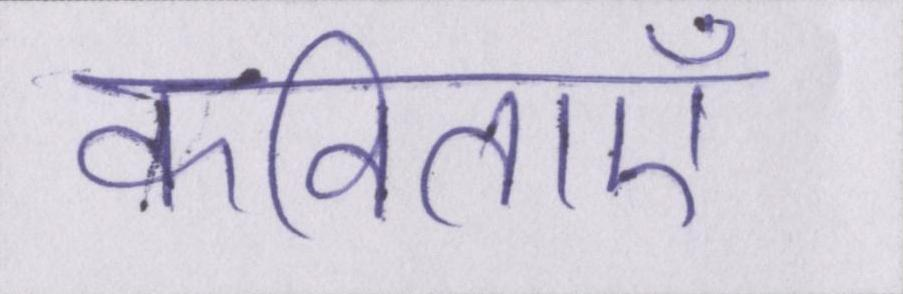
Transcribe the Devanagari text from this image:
कविताएँ